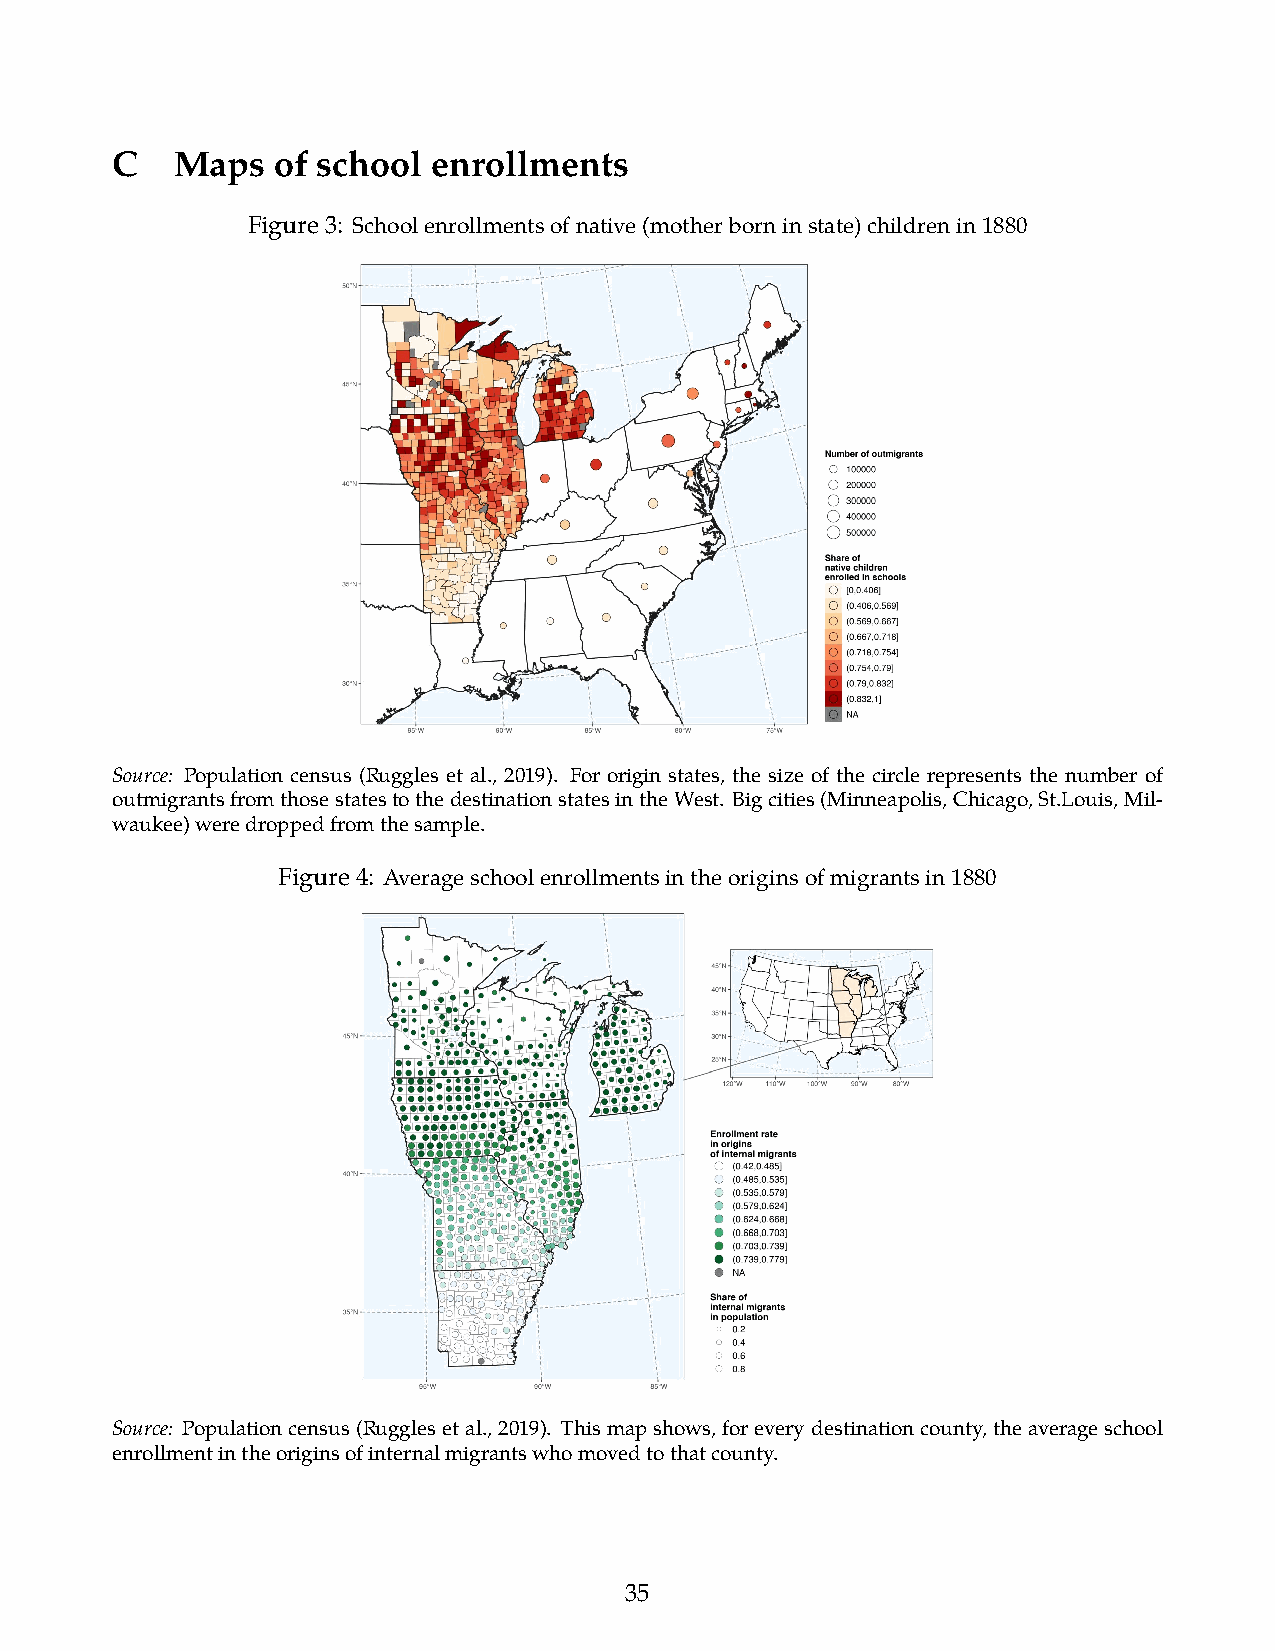
C    Maps  of school  enrollments
 Figure3: Schoolenrollmentsofnative(motherborninstate)childrenin1880
 Source: Population census (Ruggles et al., 2019). For origin states, the size of the circle represents the number of
 outmigrantsfromthosestatestothedestinationstatesintheWest. Bigcities(Minneapolis,Chicago,St.Louis,Mil-
 waukee)weredroppedfromthesample.
 Figure4: Averageschoolenrollmentsintheoriginsofmigrantsin1880
 Source: Populationcensus(Rugglesetal.,2019). Thismapshows,foreverydestinationcounty,theaverageschool
 enrollmentintheoriginsofinternalmigrantswhomovedtothatcounty.
 35